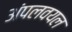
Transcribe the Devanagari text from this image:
अंपलवयल